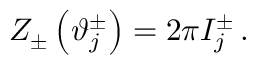
Z _ { \pm } \left( \vartheta _ { j } ^ { \pm } \right) = 2 \pi I _ { j } ^ { \pm } \, .